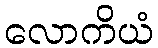
လောကိယံ